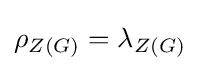
\rho _{Z(G)}=\lambda _{Z(G)}